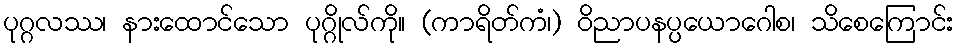
ပုဂ္ဂလဿ၊ နားထောင်သော ပုဂ္ဂိုလ်ကို။ (ကာရိတ်ကံ၊) ဝိညာပနပ္ပယောဂေါစ၊ သိစေကြောင်း